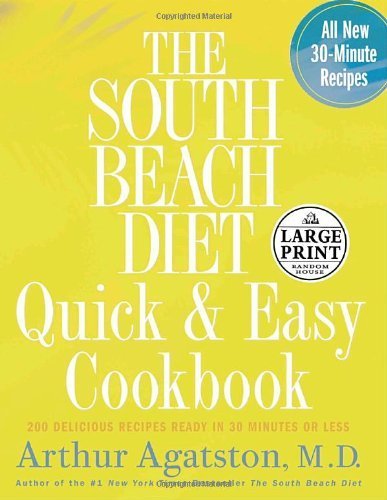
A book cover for The South Beach Diet Quick and Easy Cookbook: 200 Delicious Recipes Ready in 30 Minutes or Less (Random House Large Print Nonfiction) by Agatston M.D., Arthur S. (2005) Hardcover; Arthur S. Agatston M.D.; Health, Fitness & Dieting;